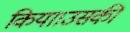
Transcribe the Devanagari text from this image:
किया।उसकी